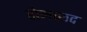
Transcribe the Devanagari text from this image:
रोमच्छद